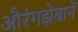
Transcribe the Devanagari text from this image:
औरंगझेबानें